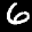
Label: 6